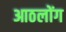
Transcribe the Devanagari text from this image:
आठलोंग